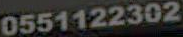
0551122302